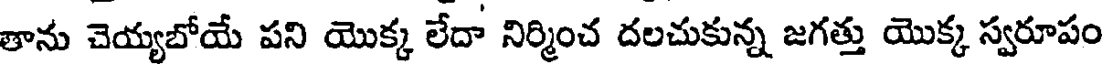
తాను చెయ్యబోయే పని యొక్క లేదా నిర్మించ దలచుకున్న జగత్తు యొక్క స్వరూపం